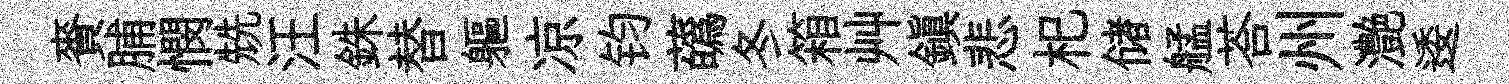
賚脯憫兟汪銖替軀凉钧蘤冬箱艸鎮悲𣏌储艋荅州灔逶